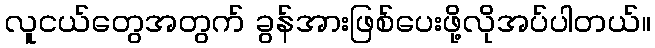
လူငယ်တွေအတွက် ခွန်အားဖြစ်ပေးဖို့လိုအပ်ပါတယ်။